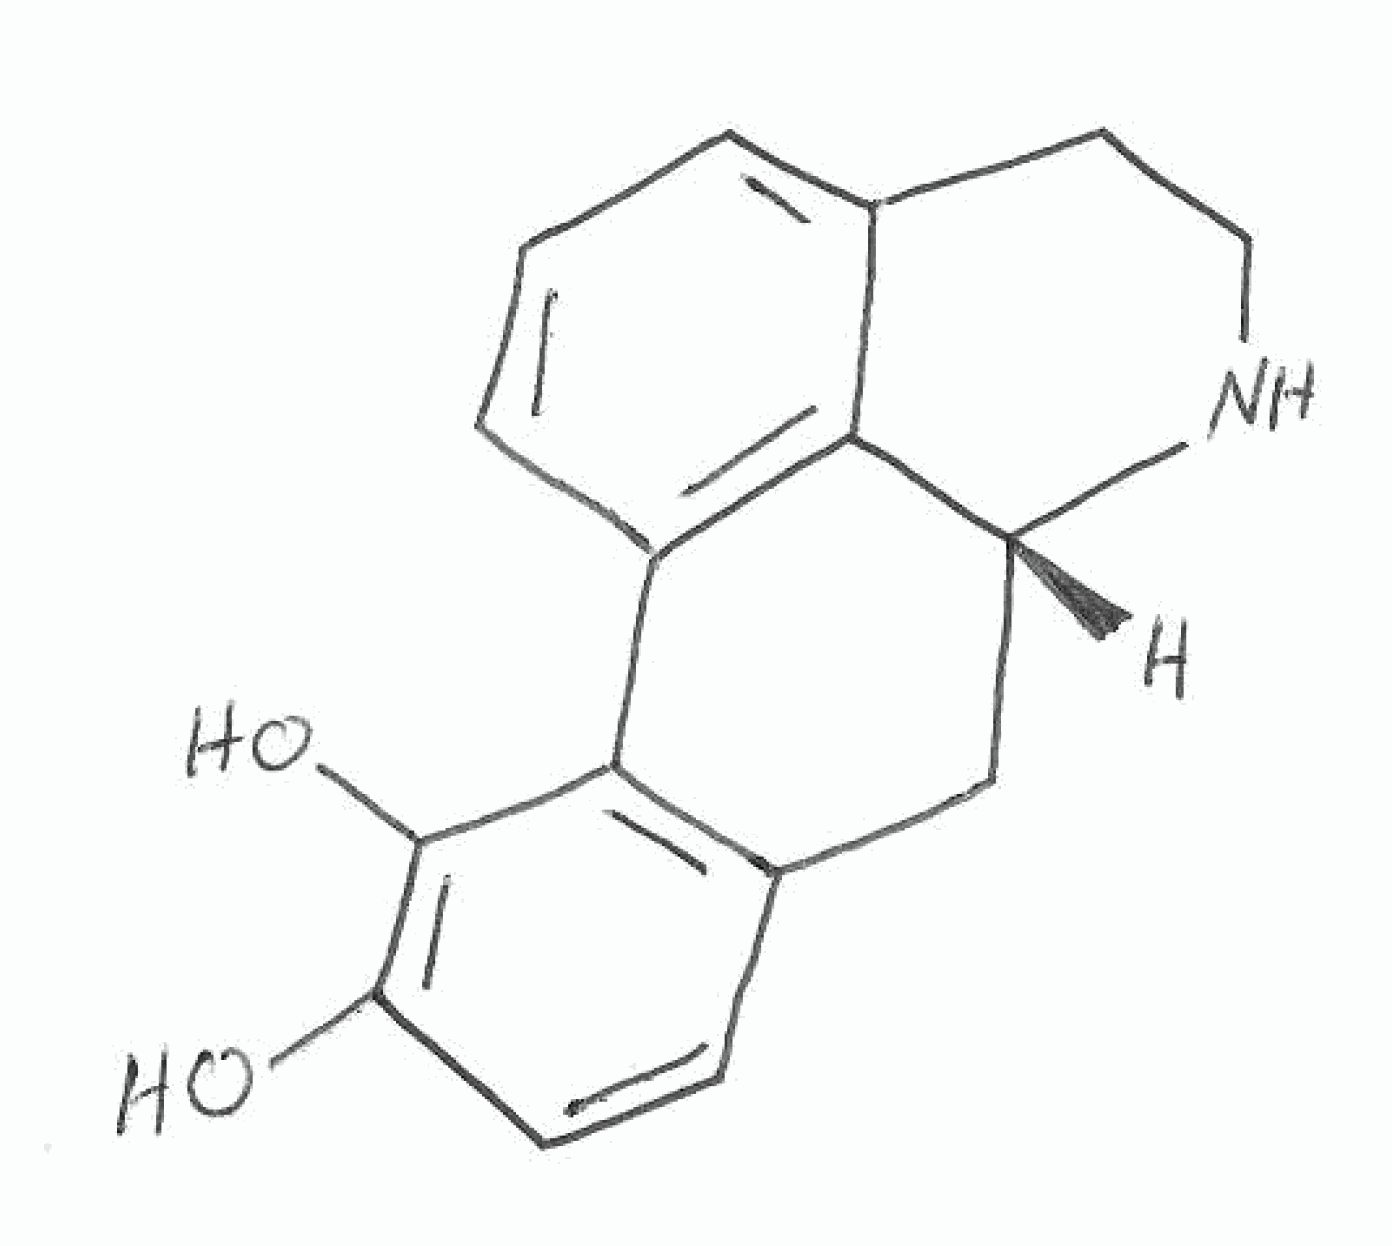
Simplified molecular-input line-entry system (SMILES) notation of the given molecule:
C1CN[C@@H]2CC3=C(C4=CC=CC1=C24)C(=C(C=C3)O)O